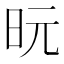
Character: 𪰈